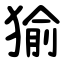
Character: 㺄